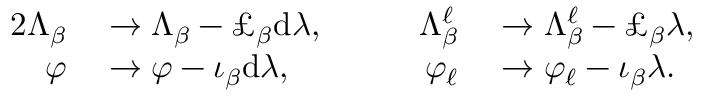
\begin{array} { r l r l } { { 2 } \Lambda _ { \beta } } & { { } \to \Lambda _ { \beta } - \pounds _ { \beta } \mathrm { d } \lambda , \qquad } & { \Lambda _ { \beta } ^ { \ell } } & { { } \to \Lambda _ { \beta } ^ { \ell } - \pounds _ { \beta } \lambda , } \\ { \varphi } & { { } \to \varphi - \iota _ { \beta } \mathrm { d } \lambda , \qquad } & { \varphi _ { \ell } } & { { } \to \varphi _ { \ell } - \iota _ { \beta } \lambda . } \end{array}